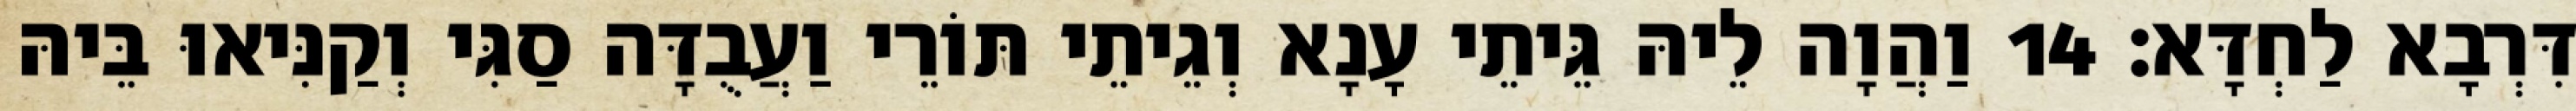
דִּרְבָא לַחְדָּא׃ 14 וַהֲוָה לֵיהּ גֵּיתֵי עָנָא וְגֵיתֵי תּוֹרֵי וַעֲבֻדָּה סַגִּי וְקַנִּיאוּ בֵּיהּ